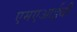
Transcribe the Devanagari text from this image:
एमएआईबी